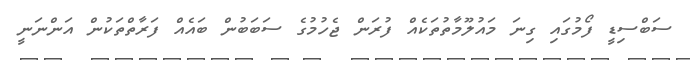
ސަބްސިޑީ ފޯމުގައި ގިނަ މައުލޫމާތުތަކެއް ފުރަން ޖެހުމުގެ ސަބަބުން ބައެއް ފަރާތްތަކުން އަންނަނީ